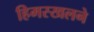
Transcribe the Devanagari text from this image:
हिमस्खलने